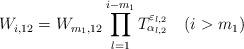
LaTeX: \begin{align*}W_{i,12}=W_{m_1,12}\prod^{i-m_1}_{l=1}T^{\varepsilon_{l,2}}_{\alpha_{l,2}}\quad(i>m_1)\end{align*}